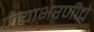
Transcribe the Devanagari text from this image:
पायाभरणीचे